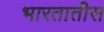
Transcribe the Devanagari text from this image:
भारतातीस